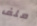
ملف